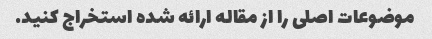
موضوعات اصلی را از مقاله ارائه شده استخراج کنید.